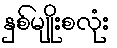
နှစ်မျိုးစလုံး